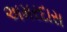
અમરદાસ